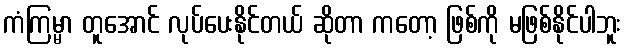
ကံကြမ္မာ တူအောင် လုပ်ပေးနိုင်တယ် ဆိုတာ ကတော့ ဖြစ်ကို မဖြစ်နိုင်ပါဘူး